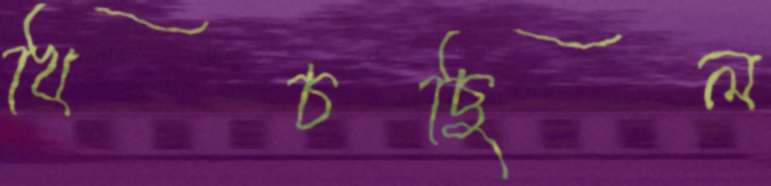
খিঁচছিল